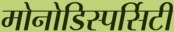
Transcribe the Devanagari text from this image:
मोनोडिस्पर्सिटी